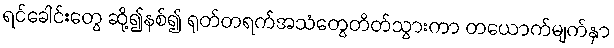
ရင်ခေါင်းတွေ ဆို့၍နစ်၍ ရုတ်တရက်အသံတွေတိတ်သွားကာ တယောက်မျက်နှာ